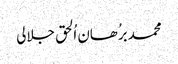
محمد برُھان اُلحق جلالی